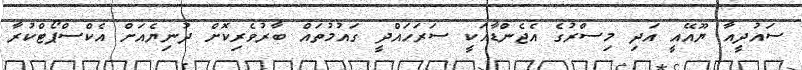
ސައުދީއާ ޔޫއޭއީ އަދި މިސްރުގެ އެޖެންޑާއަކީ ސަރަހައްދީ ގައުމުތައް ބާރުވެެރިކޮށް ދުނިޔެއަށް އެކްސްޕޯޓްކުރާ